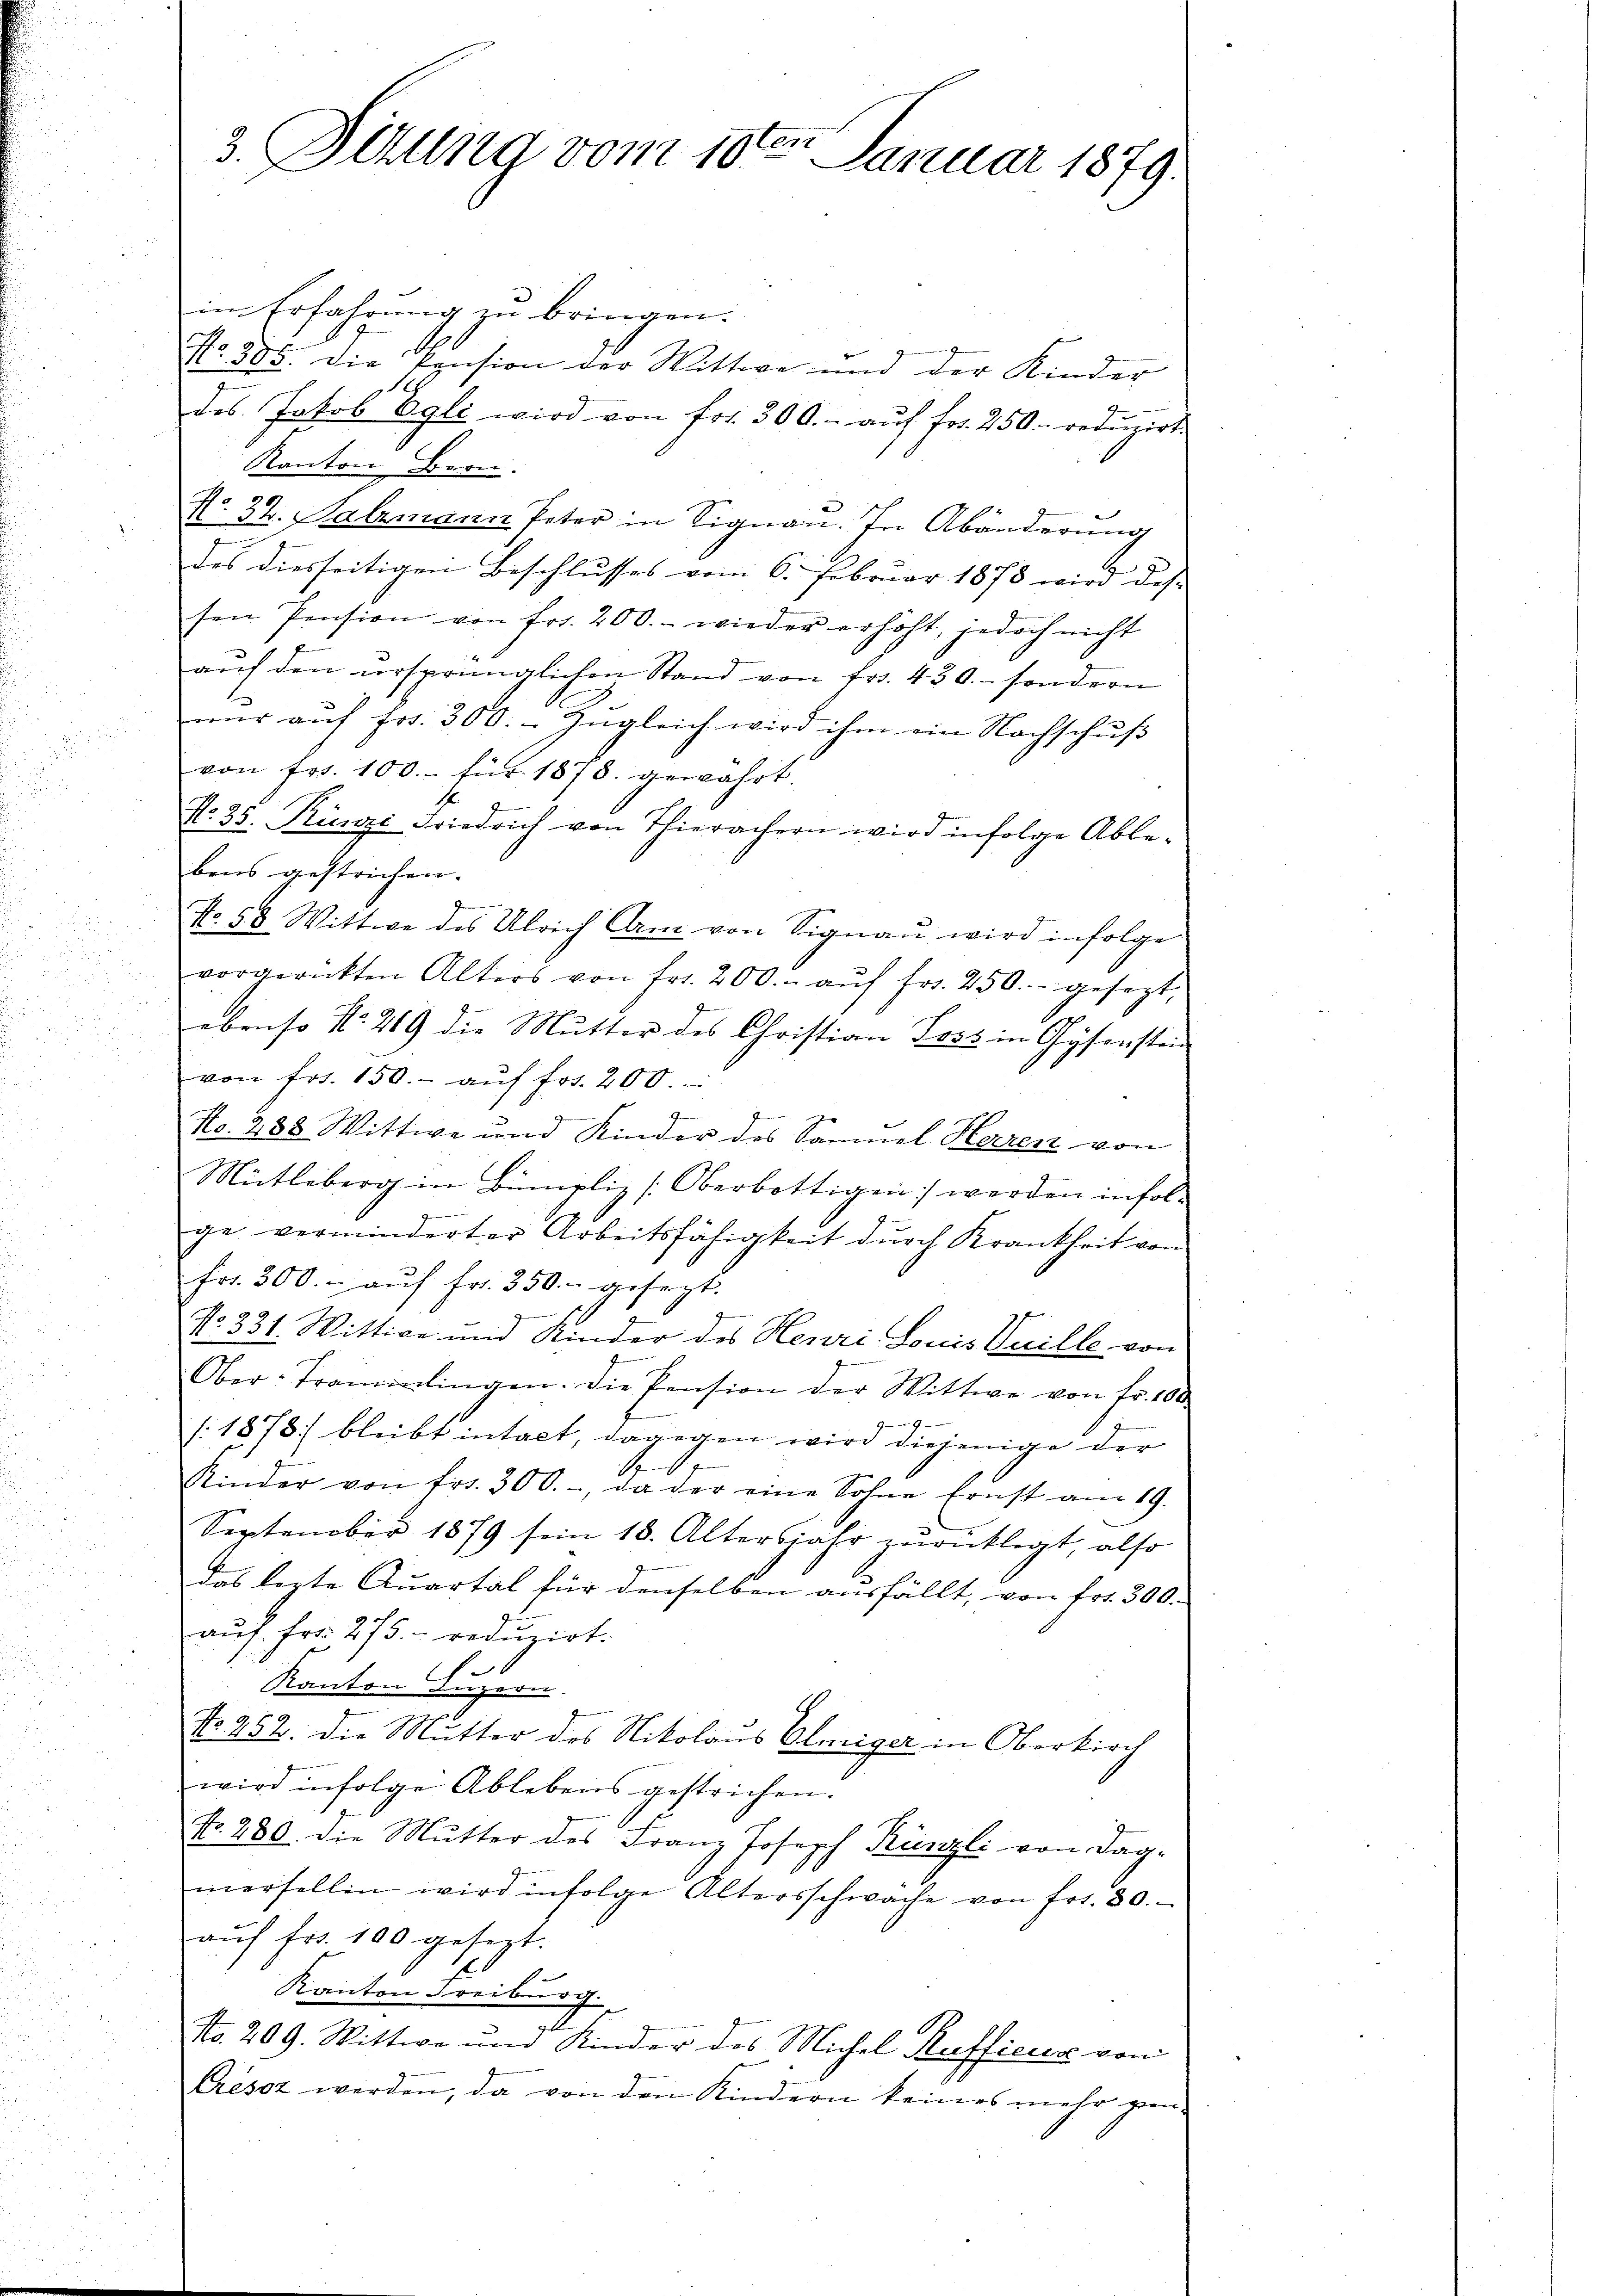
3. Situng vom 10ten Januar 1879.

im Erfahrung zu bringen.
No. 205. Die Pension der Wittwe und der Kinder
des Jakob Egli wird von frs. 300.- aŭf fr. 250. redŭzirt.
Kanton Bern.
 20
N. 34. Salzmann Peter in Signau. In Abänderung
n
des diesseitigen Beschlusses vom 6. Februar 1873 wird des
sen Pension von fr. 200.- wieder erhöht, jedoch nicht
aŭf den ursprünglichen Stand von fr. 430. sondern
nur auf Fr. 300. - Zugleich wird ihm ein Nachschuß
von frs. 100.- für 1878. gewahrt.
No. 35. Rünzi Friedrich von Thierachern wird infolge Ablebens gestrichen.
No. 58. Wittwe des Ulrich Carm von Signaŭ wird infolge
vorgerückten Alters von fr. 200.- aŭf fr. 250.- gesezt,
ebenso No. 219 die Mutter des Christian Loss in Gysenstein
von frs. 150.- aŭf fr. 200
No. 288 Wittwe und Kinder des Samuel Herren von
Mütleberg in Bümpliz [Oberbottigen werden infolge verminderter Arbeitsfähigkeit durch Krankheit von
frr. 300.- aŭf fr. 350. gesezt.

No. 331. Wittwe und Kinder des Henri Louis Vuille von
Ober-Traminlingen. Die Pension der Wittwe von fr. 100
9
:1278) bleibt intact, dagegen wird diejenige der
Kinder von frs. 300.-, da der eine Sohne Ernst am 19.
September 1879 sein 18. Altersjahr zurücklegt, also
das lezte Quartal für denselben ausfällt, von Fr. 300.
aŭf Fr. 275. reduzirt.
6
.
Kanton Luzern.
No 252. Die Mutter des Nikolaus Olniger in Oberkirch
wird infolge Ablebens gestrichen.
No. 280. die Mutter des Franz Joseph Künzli von Dag-
mersellin wird infolge Altersschwache von fr. 80.
aŭf fr. 100 gesezt.
J
e
Kanton Freiberich
No. 209. Wittwe und Kinder des Michel Rufficus von
Crésor werden, da von den Kindern keines mehr pen-